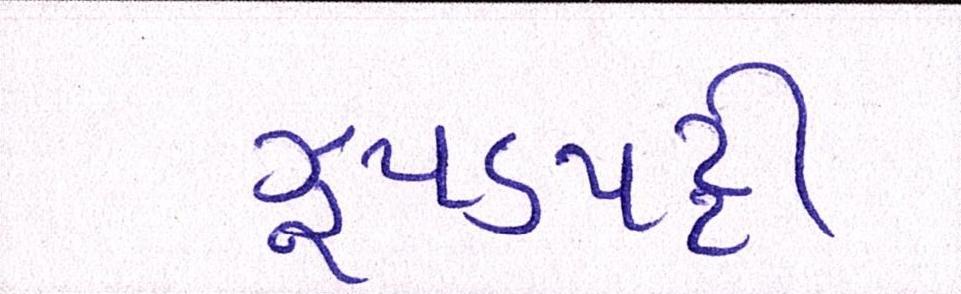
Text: ઝુપડપટ્ટી